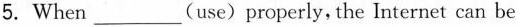
5.When ___ (use) properly, the Internet can be